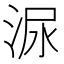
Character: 㳮